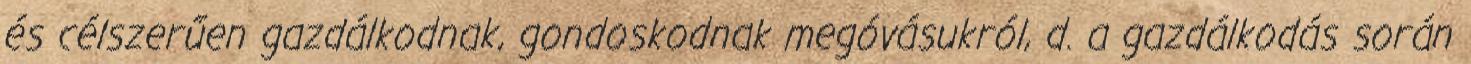
és célszerűen gazdálkodnak, gondoskodnak megóvásukról, d. a gazdálkodás során